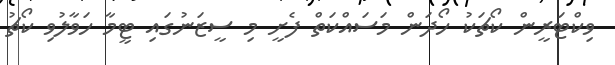
ވިކްޓަރީން ކޯޗަކު ހޯދަން މަސައްކަތް ފެށީ މި ސީޒަނުގައި ޓީމާ ހަވާލުވި ކޯޗު